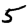
Digit: 5